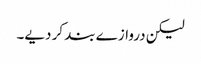
لیکن دروازے بند کر دیے۔